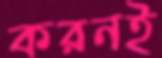
করনই